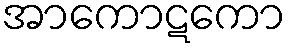
အာကောဋကော